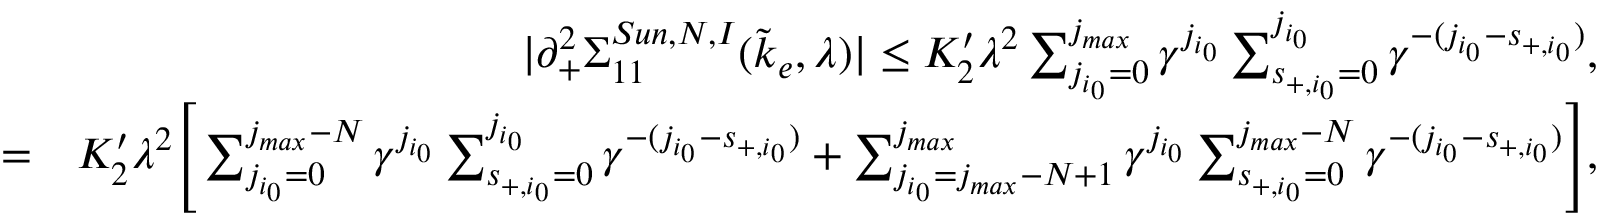
\begin{array} { r l r } & { } & { \vert \partial _ { + } ^ { 2 } \Sigma _ { 1 1 } ^ { S u n , N , I } ( \tilde { k } _ { e } , \lambda ) \vert \le K _ { 2 } ^ { \prime } \lambda ^ { 2 } \sum _ { j _ { i _ { 0 } } = 0 } ^ { j _ { m a x } } \gamma ^ { j _ { i _ { 0 } } } \sum _ { s _ { + , { i _ { 0 } } } = 0 } ^ { j _ { i _ { 0 } } } \gamma ^ { - ( j _ { i _ { 0 } } - s _ { + , { i _ { 0 } } } ) } , } \\ & { = } & { K _ { 2 } ^ { \prime } \lambda ^ { 2 } \Bigg [ \sum _ { j _ { i _ { 0 } } = 0 } ^ { j _ { m a x } - N } \gamma ^ { j _ { i _ { 0 } } } \sum _ { s _ { + , { i _ { 0 } } } = 0 } ^ { j _ { i _ { 0 } } } \gamma ^ { - ( j _ { i _ { 0 } } - s _ { + , { i _ { 0 } } } ) } + \sum _ { j _ { i _ { 0 } } = j _ { m a x } - N + 1 } ^ { j _ { m a x } } \gamma ^ { j _ { i _ { 0 } } } \sum _ { s _ { + , { i _ { 0 } } } = 0 } ^ { j _ { m a x } - N } \gamma ^ { - ( j _ { i _ { 0 } } - s _ { + , { i _ { 0 } } } ) } \Bigg ] , } \end{array}